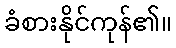
ခံစားနိုင်ကုန်၏။